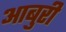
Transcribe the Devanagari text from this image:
आबुरी